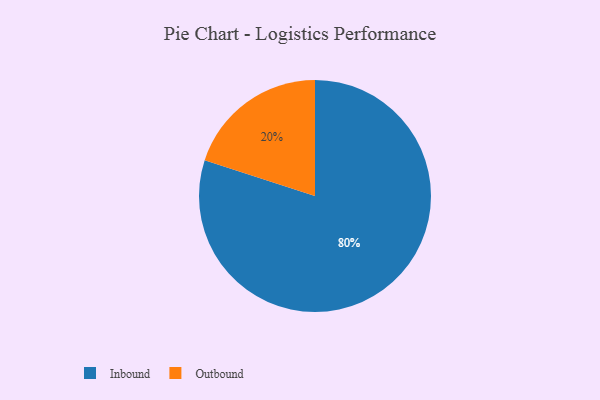
{"axis": {"x": "Category", "y": "Percentage"}, "legend": ["Inbound", "Outbound"], "data": [{"x": "Inbound", "y": 80, "type": "Inbound"}, {"x": "Outbound", "y": 20, "type": "Outbound"}]}